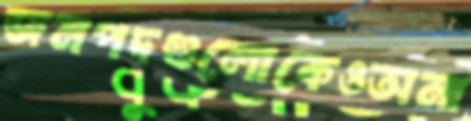
জনপদগুলোকেওঅনা